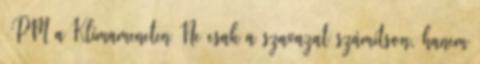
›PM a Klímameneten Ne csak a szavazat számítson, hanem